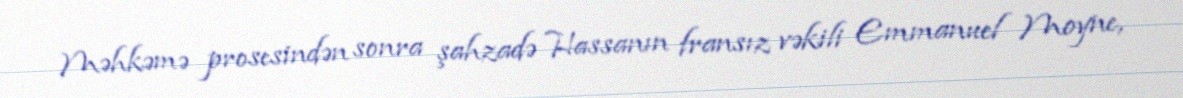
Məhkəmə prosesindən sonra şahzadə Hassanın fransız vəkili Emmanuel Moyne,